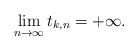
LaTeX: \begin{align*} \lim_{n\to\infty} t_{k,n}=+\infty.\end{align*}